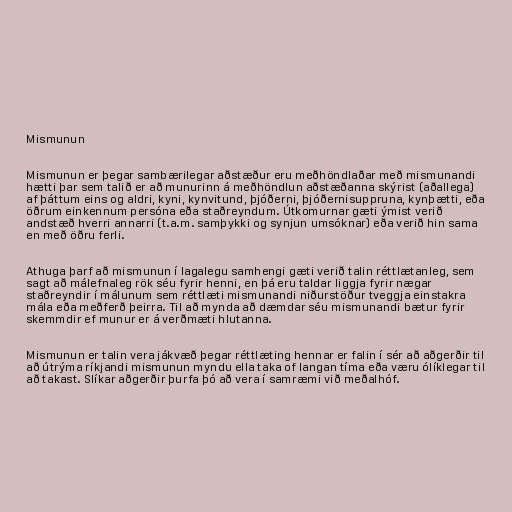
Mismunun

Mismunun er þegar sambærilegar aðstæður eru meðhöndlaðar með mismunandi
hætti þar sem talið er að munurinn á meðhöndlun aðstæðanna skýrist (aðallega)
af þáttum eins og aldri, kyni, kynvitund, þjóðerni, þjóðernisuppruna, kynþætti, eða
öðrum einkennum persóna eða staðreyndum. Útkomurnar gæti ýmist verið
andstæð hverri annarri (t.a.m. samþykki og synjun umsóknar) eða verið hin sama
en með öðru ferli.

Athuga þarf að mismunun í lagalegu samhengi gæti verið talin réttlætanleg, sem
sagt að málefnaleg rök séu fyrir henni, en þá eru taldar liggja fyrir nægar
staðreyndir í málunum sem réttlæti mismunandi niðurstöður tveggja einstakra
mála eða meðferð þeirra. Til að mynda að dæmdar séu mismunandi bætur fyrir
skemmdir ef munur er á verðmæti hlutanna.

Mismunun er talin vera jákvæð þegar réttlæting hennar er falin í sér að aðgerðir til
að útrýma ríkjandi mismunun myndu ella taka of langan tíma eða væru ólíklegar til
að takast. Slíkar aðgerðir þurfa þó að vera í samræmi við meðalhóf.